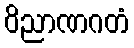
ဝိညာဏဂတံ